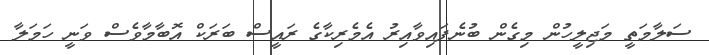
ސަލާމަތީ މަޖިލީހުން މިގެން ބުނެފައިވާއިރު އެމެރިކާގެ ރައީސް ބަރަކް އޮބާމާވެސް ވަނީ ހަމަލާ